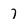
Character: 7